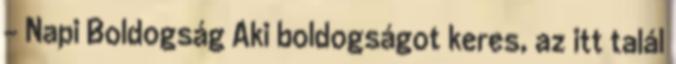
– Napi Boldogság Aki boldogságot keres, az itt talál